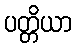
ပတ္တိယာ